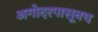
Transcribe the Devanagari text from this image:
अगोदरपासूनच